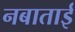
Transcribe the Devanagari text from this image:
नबाताई